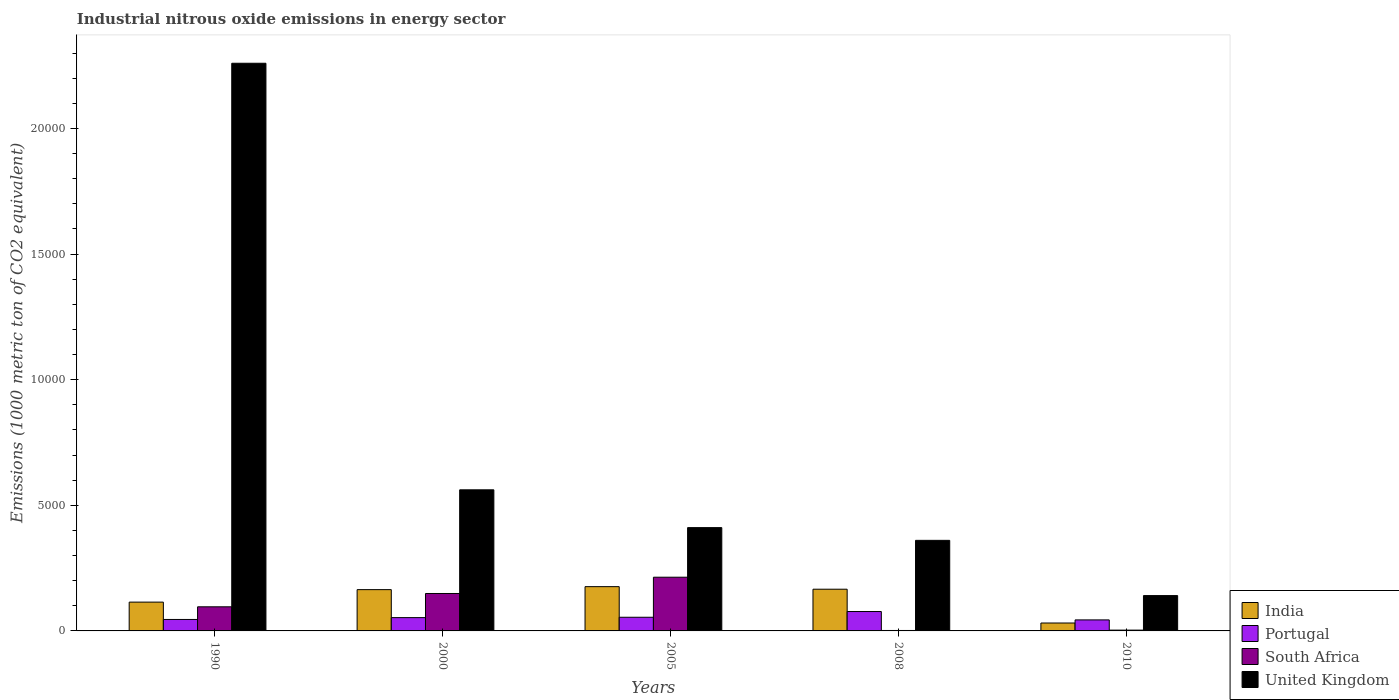
| Years | India | Portugal | South Africa | United Kingdom |
 | --- | --- | --- | --- | --- |
 | 1990 | 1.15e+03 | 456 | 960 | 2.26e+04 |
 | 2000 | 1.64e+03 | 530 | 1.49e+03 | 5.62e+03 |
 | 2005 | 1.76e+03 | 544 | 2.14e+03 | 4.11e+03 |
 | 2008 | 1.66e+03 | 772 | 17.9 | 3.6e+03 |
 | 2010 | 315 | 438 | 31.7 | 1.41e+03 |